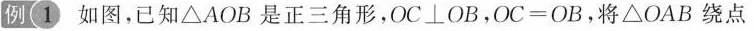
例1 如图，已知△AOB是正三角形，OC\bot OB，$$O C = O B$$，将△OAB绕点